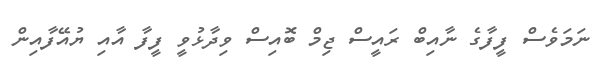
ނަމަވެސް ފީފާގެ ނާއިބް ރައީސް ޖިމް ބޮއިސް ވިދާޅުވީ ފީފާ އާއި ޔުއޭފާއިން